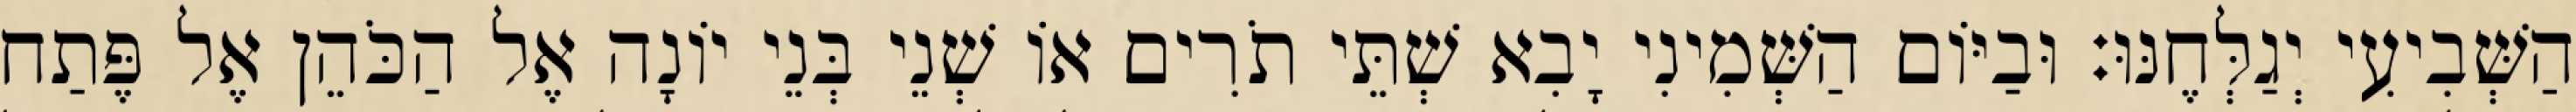
הַשְּׁבִיעִי יְגַלְּחֶנּוּ׃ וּבַיּוֹם הַשְּׁמִינִי יָבִא שְׁתֵּי תֹרִים אוֹ שְׁנֵי בְּנֵי יוֹנָה אֶל הַכֹּהֵן אֶל פֶּתַח